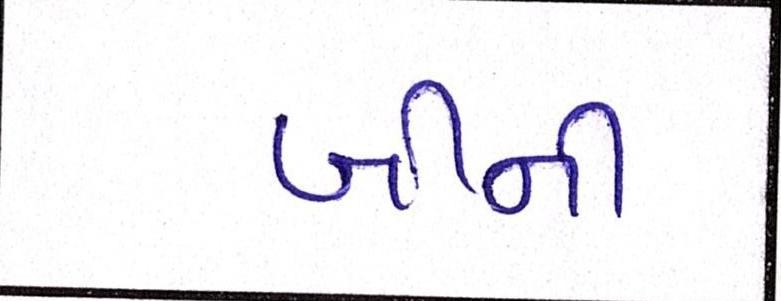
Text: બીની